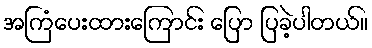
အကြံပေးထားကြောင်း ပြော ပြခဲ့ပါတယ်။